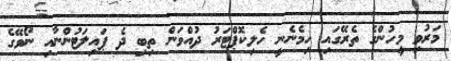
މަރުވި މީހުންގެ ތެރޭގައި ހިމެނެނީ ހެލިކޮޕްޓަރު ދުއްވަން ތިބި ދެ ޕައިލަޓުންނާއި ނޯވޭގެ